Report on vaccination proceedings throughout the Government of Bengal -
Year: 1868
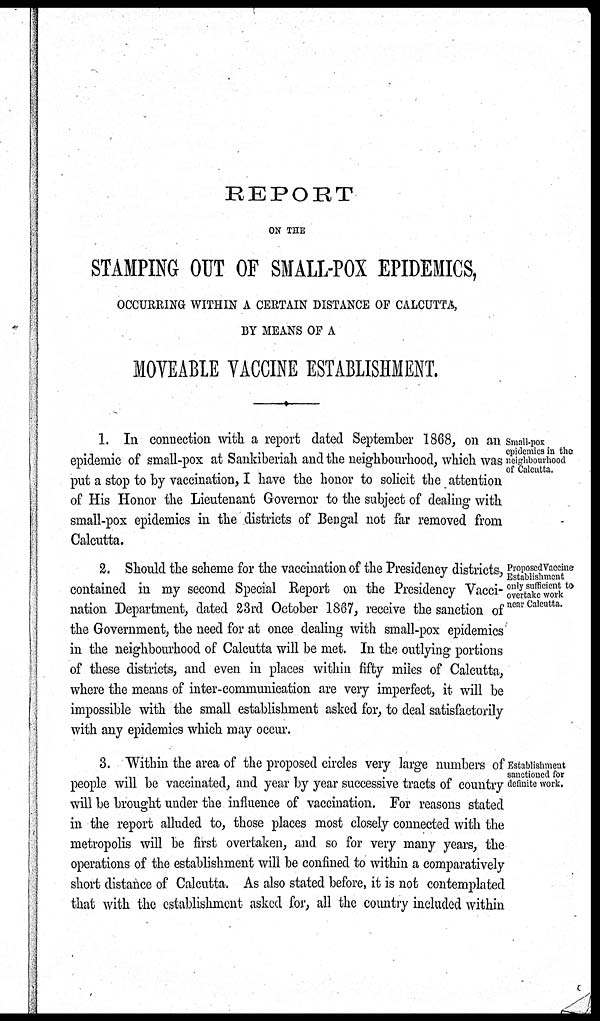
REPORT
ON THE
STAMPING OUT OF SMALL-POX EPIDEMICS,
OCCURRING WITHIN A CERTAIN DISTANCE OF CALCUTTA,
BY MEANS OF A
MOVEABLE VACCINE ESTABLISHMENT.
Small-pox
epidemics in the
neighbourhood
of Calcutta.
1. In connection with a report dated September 1868, on an
epidemic of small-pox at Sankiberiah and the neighbourhood, which was
put a stop to by vaccination, I have the honor to solicit the attention
of His Honor the Lieutenant Governor to the subject of dealing with
small-pox epidemics in the districts of Bengal not far removed from
Calcutta.
Proposed Vaccine
Establishment
only sufficient to
overtake work
near Calcutta.
2. Should the scheme for the vaccination of the Presidency districts,
contained in my second Special Report on the Presidency Vacci-
nation Department, dated 23rd October 1867, receive the sanction of
the Government, the need for at once dealing with small-pox epidemics'
in the neighbourhood of Calcutta will be met. In the outlying portions
of these districts, and even in places within fifty miles of Calcutta,
where the means of inter-communication are very imperfect, it will be
impossible with the small establishment asked for, to deal satisfactorily
with any epidemics which may occur.
Establishment
sanctioned for
definite work.
3. Within the area of the proposed circles very large numbers of
people will be vaccinated, and year by year successive tracts of country
will be brought under the influence of vaccination. For reasons stated
in the report alluded to, those places most closely connected with the
metropolis will be first overtaken, and so for very many years, the
operations of the establishment will be confined to within a comparatively
short distance of Calcutta. As also stated before, it is not contemplated
that with the establishment asked for, all the country included within